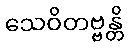
သေဝိတဗ္ဗန္တိ